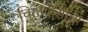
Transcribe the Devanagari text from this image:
चिटणीसांचा